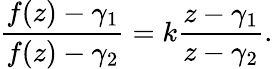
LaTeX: {\frac{f(z)-\gamma_{1}}{f(z)-\gamma_{2}}}=k{\frac{z-\gamma_{1}}{z-\gamma_{2}}}.